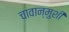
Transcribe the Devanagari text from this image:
चावान्मुशी